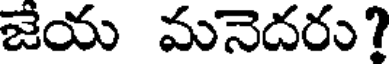
జేయ మనెదరు?